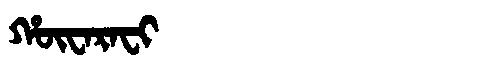
Manchu: ᡥᡡᠸᠠᡵᠠᠸᡳ
Romanization: HŪWARAFI